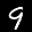
Label: 9